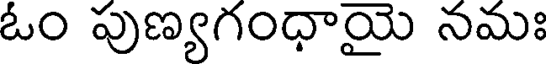
ఓం పుణ్యగంధాయై నమః